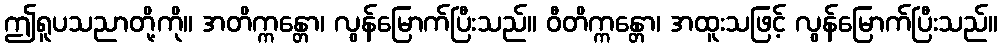
ဤရူပသညာတို့ကို။ အတိက္ကန္တော၊ လွန်မြောက်ပြီးသည်။ ဝီတိက္ကန္တော၊ အထူးသဖြင့် လွန်မြောက်ပြီးသည်။